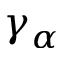
\gamma _ { \alpha }